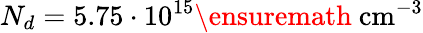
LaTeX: N_{d}=5.75\cdot 10^{15}\ensuremath{~\mathrm{cm}^{-3}}